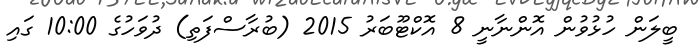
ބީލަން ހުޅުވުން އޮންނާނީ 8 އޮކްޓޫބަރު 2015 (ބުރާސްފަތި) ދުވަހުގެ 10:00 ގައި